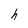
Character: h